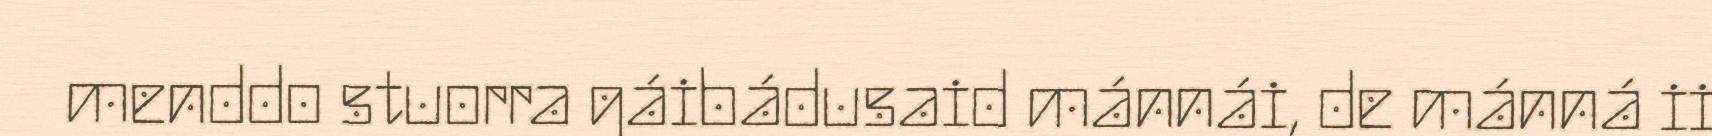
menddo stuorra gáibádusaid mánnái, de mánná ii